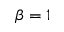
\beta = 1